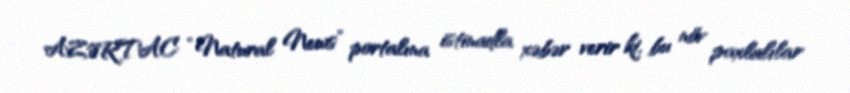
AZƏRTAC “Natural News” portalına istinadla xəbər verir ki, bu növ paxlalılar